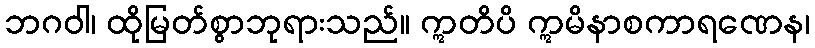
ဘဂဝါ၊ ထိုမြတ်စွာဘုရားသည်။ ဣတိပိ ဣမိနာစကာရဏေန၊